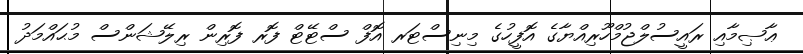
ޢާޞިމާއި ރައީސުލްޖުމްހޫރިއްޔާގެ އޮފީހުގެ މިނިސްޓަރ އޮފް ސްޓޭޓް ފޮރ ފޮރިން ރިލޭޝަންސް މުޙައްމަދު